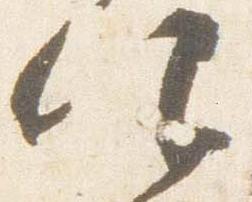
仰